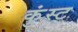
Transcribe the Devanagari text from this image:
कुंस्ट